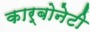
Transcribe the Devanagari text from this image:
कार्बोनेटी